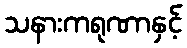
သနားကရုဏာနှင့်